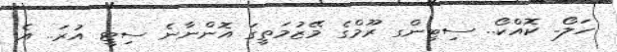
ހަލޯ.. ކޮއްކޯ.. ސިޓިންގ ރޫމްގެ މޭޒުމަތީގަ އޮންނާނެ ސިޓީ އުރަ.. އެ